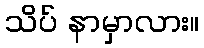
သိပ် နာမှာလား။